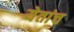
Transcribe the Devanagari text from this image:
येतांच